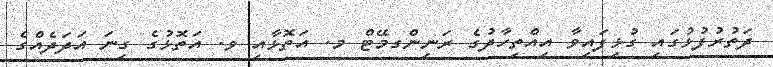
ދަތުރުފުޅުގައި ގުޅިފައިވާ އިއްތިހާދުގެ ރަނިންގމޭޓް މ. އަތޮޅާއި ވ. އަތޮޅުގެ ގިނަ އަދަދެއްގެ